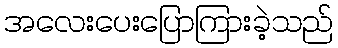
အလေးပေးပြောကြားခဲ့သည်